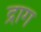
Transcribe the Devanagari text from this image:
द्राग